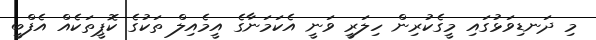
މި ދަނޑިވަޅުގައި މީގެކުރިން ހިލަރީ ވަނީ އެކަމަނާގެ އީމެއިލް ތަކުގެ ކޮޕީތަކެއް އެފްބީ